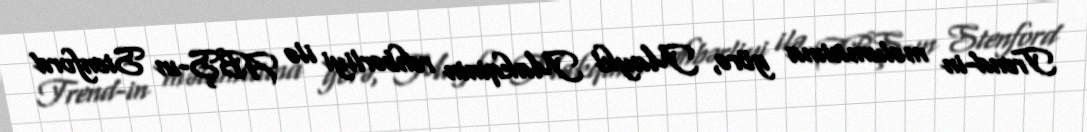
Trend-in məlumatına görə, Maykl Makqinin rəhbərliyi ilə ABŞ-ın Stenford